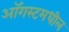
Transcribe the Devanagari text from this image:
ऑगस्टमधील